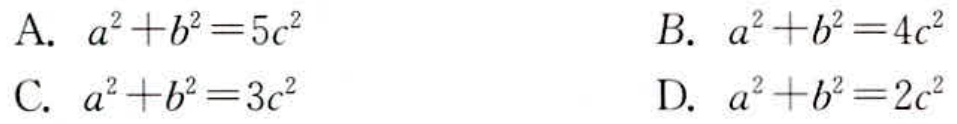
A. \(a^{2}+b^{2}=5c^{2}\)
B. \(a^{2}+b^{2}=4c^{2}\)
C. \(a^{2}+b^{2}=3c^{2}\)
D. \(a^{2}+b^{2}=2c^{2}\)